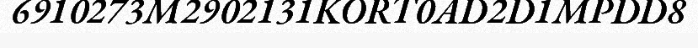
6910273M2902131KORT0AD2D1MPDD8